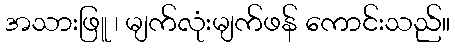
အသားဖြူ ၊ မျက်လုံးမျက်ဖန် ကောင်းသည်။